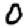
Digit: 0